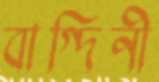
বাগ্‌দিনী